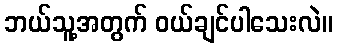
ဘယ်သူ့အတွက် ဝယ်ချင်ပါသေးလဲ။